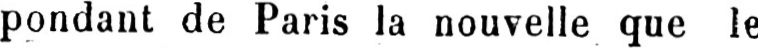
pondant de Paris la nouvelle que le